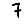
Digit: 7